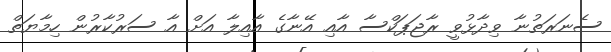
ސެނަރަތުނާ ވިދާޅުވީ ރާޖަޕަކްސާ އާއި އޭނާގެ އާއިލާ އަށް އާ ސަރުކާރުން ހިމާޔަތް